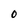
Character: 0